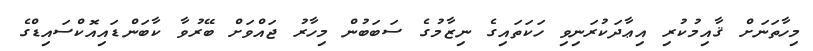
މިހާތަނަށް ޤާއިމުކުރި އިޢާދަކުރަނިވި ހަކަތައިގެ ނިޒާމުގެ ސަބަބުން މިހާރު ޖައްވަށް ބޭރުވާ ކާބަންޑައިއޮކްސައިޑްގެ